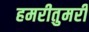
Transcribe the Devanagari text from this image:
हमरीतुमरी